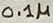
Text: 0.1µ